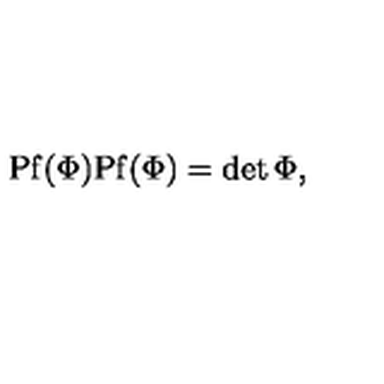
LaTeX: \mathrm { P f } ( \Phi ) \mathrm { P f } ( \Phi ) = \det \Phi ,